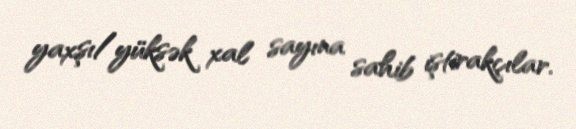
yaxşı/yüksək xal sayına sahib iştirakçılar.